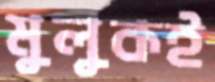
মুলুকই